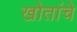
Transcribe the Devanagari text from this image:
खोतांचे